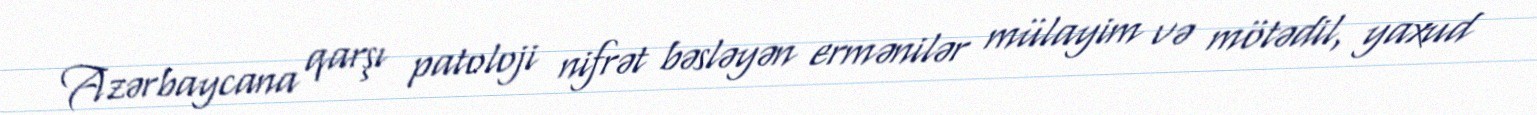
Azərbaycana qarşı patoloji nifrət bəsləyən ermənilər mülayim və mötədil, yaxud